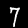
Digit: 7